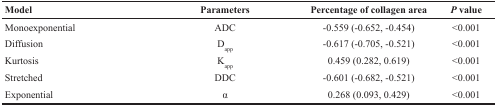
<table><thead><tr><td><b>Model</b></td><td><b>Parameters</b></td><td><b>Percentage of collagen area</b></td><td><b><i>P</i> value</b></td></tr></thead><tbody><tr><td>Monoexponential</td><td>ADC</td><td>-0.559 (-0.652, -0.454)</td><td>&lt;0.001</td></tr><tr><td>Diffusion</td><td>D<sub>app</sub></td><td>-0.617 (-0.705, -0.521)</td><td>&lt;0.001</td></tr><tr><td>Kurtosis</td><td>K<sub>app</sub></td><td>0.459 (0.282, 0.619)</td><td>&lt;0.001</td></tr><tr><td>Stretched</td><td>DDC</td><td>-0.601 (-0.682, -0.521)</td><td>&lt;0.001</td></tr><tr><td>Exponential</td><td>α</td><td>0.268 (0.093, 0.429)</td><td>&lt;0.001</td></tr></tbody></table>